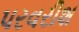
પરવરીશ